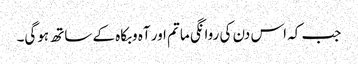
جب کہ اس دن کی روانگی ماتم اور آہ وبکاہ کے ساتھ ہوگی۔